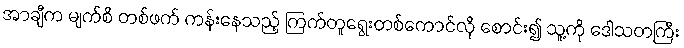
အာချီက မျက်စိ တစ်ဖက် ကန်းနေသည့် ကြက်တူရွေးတစ်ကောင်လို စောင်း၍ သူ့ကို ဒေါသတကြီး